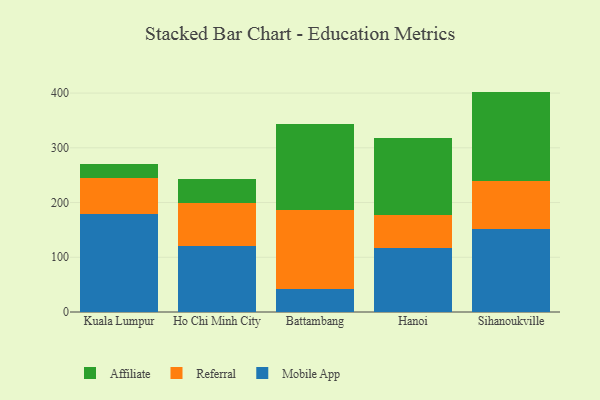
{"axis": {"x": "City", "y": "Page Views"}, "legend": ["Affiliate", "Mobile App", "Referral"], "data": [{"x": "Kuala Lumpur", "y": 179.2, "type": "Mobile App"}, {"x": "Kuala Lumpur", "y": 65.7, "type": "Referral"}, {"x": "Kuala Lumpur", "y": 25.2, "type": "Affiliate"}, {"x": "Ho Chi Minh City", "y": 119.7, "type": "Mobile App"}, {"x": "Ho Chi Minh City", "y": 79.8, "type": "Referral"}, {"x": "Ho Chi Minh City", "y": 43.8, "type": "Affiliate"}, {"x": "Battambang", "y": 41.9, "type": "Mobile App"}, {"x": "Battambang", "y": 145.1, "type": "Referral"}, {"x": "Battambang", "y": 157.4, "type": "Affiliate"}, {"x": "Hanoi", "y": 117.5, "type": "Mobile App"}, {"x": "Hanoi", "y": 59.1, "type": "Referral"}, {"x": "Hanoi", "y": 142.1, "type": "Affiliate"}, {"x": "Sihanoukville", "y": 152.1, "type": "Mobile App"}, {"x": "Sihanoukville", "y": 86.5, "type": "Referral"}, {"x": "Sihanoukville", "y": 164.1, "type": "Affiliate"}]}